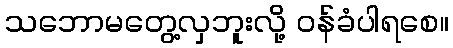
သဘောမတွေ့လှဘူးလို့ ဝန်ခံပါရစေ။